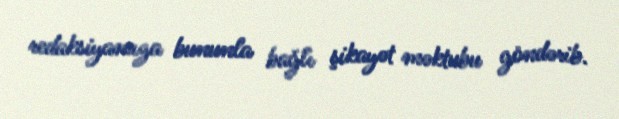
redaksiyamıza bununla bağlı şikayət məktubu göndərib.